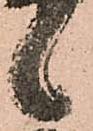
候